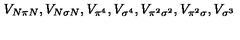
V _ { N \pi N } , V _ { N \sigma N } , V _ { \pi ^ { 4 } } , V _ { \sigma ^ { 4 } } , V _ { \pi ^ { 2 } \sigma ^ { 2 } } , V _ { \pi ^ { 2 } \sigma } , V _ { \sigma ^ { 3 } }